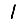
Digit: 1